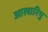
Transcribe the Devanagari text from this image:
आलारिपु